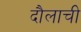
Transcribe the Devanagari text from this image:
दौलाची